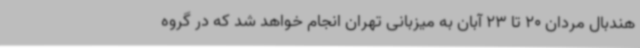
هندبال مردان 20 تا 23 آبان به میزبانی تهران انجام خواهد شد که در گروه